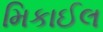
મિકાઈલ